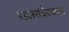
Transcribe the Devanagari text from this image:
रडारसंवेदकांना